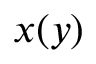
x ( y )